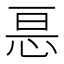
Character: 𭜩